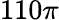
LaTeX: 110\pi